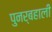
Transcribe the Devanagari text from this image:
पुनर्बहाली